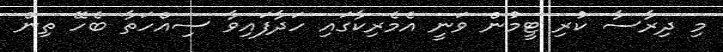
މި ދިރާސާ ކުރި ޓީމުން ވަނީ އެމެރިކާގައި ހަދާފައިވާ ސިއްހަތާ ބެހޭ ތިން